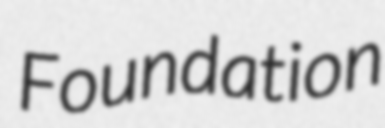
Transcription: Foundation